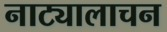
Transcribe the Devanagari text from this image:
नाट्यालाचन